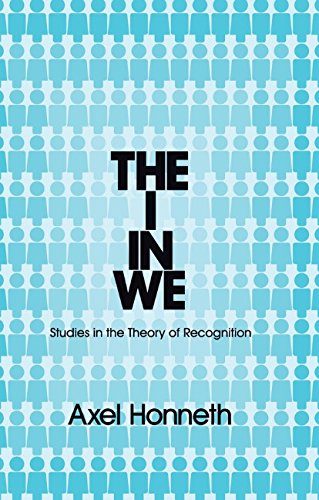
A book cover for The I in We: Studies in the Theory of Recognition; Axel Honneth; Politics & Social Sciences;